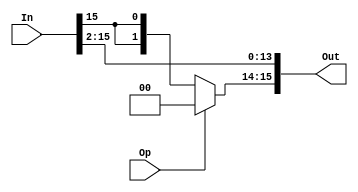
/*
    shift/rotate the input to the right by two bits
    Op is 1, shift
    Op is 0, rotate
 */
module rght_shifter_2 (In, Op, Out);
    parameter   N = 16;
   	parameter	  B = 2;

   	input[N-1:0]    In;
   	input			      Op;
   	output[N-1:0]   Out;

   	// B bits of 0
   	wire[B-1:0] b0 = {B{1'b0}};
    // shift/rotate the input by B bits
    assign Out = {Op ? b0 : {B{In[N-1]}}, In[N-1:B]};
endmodule